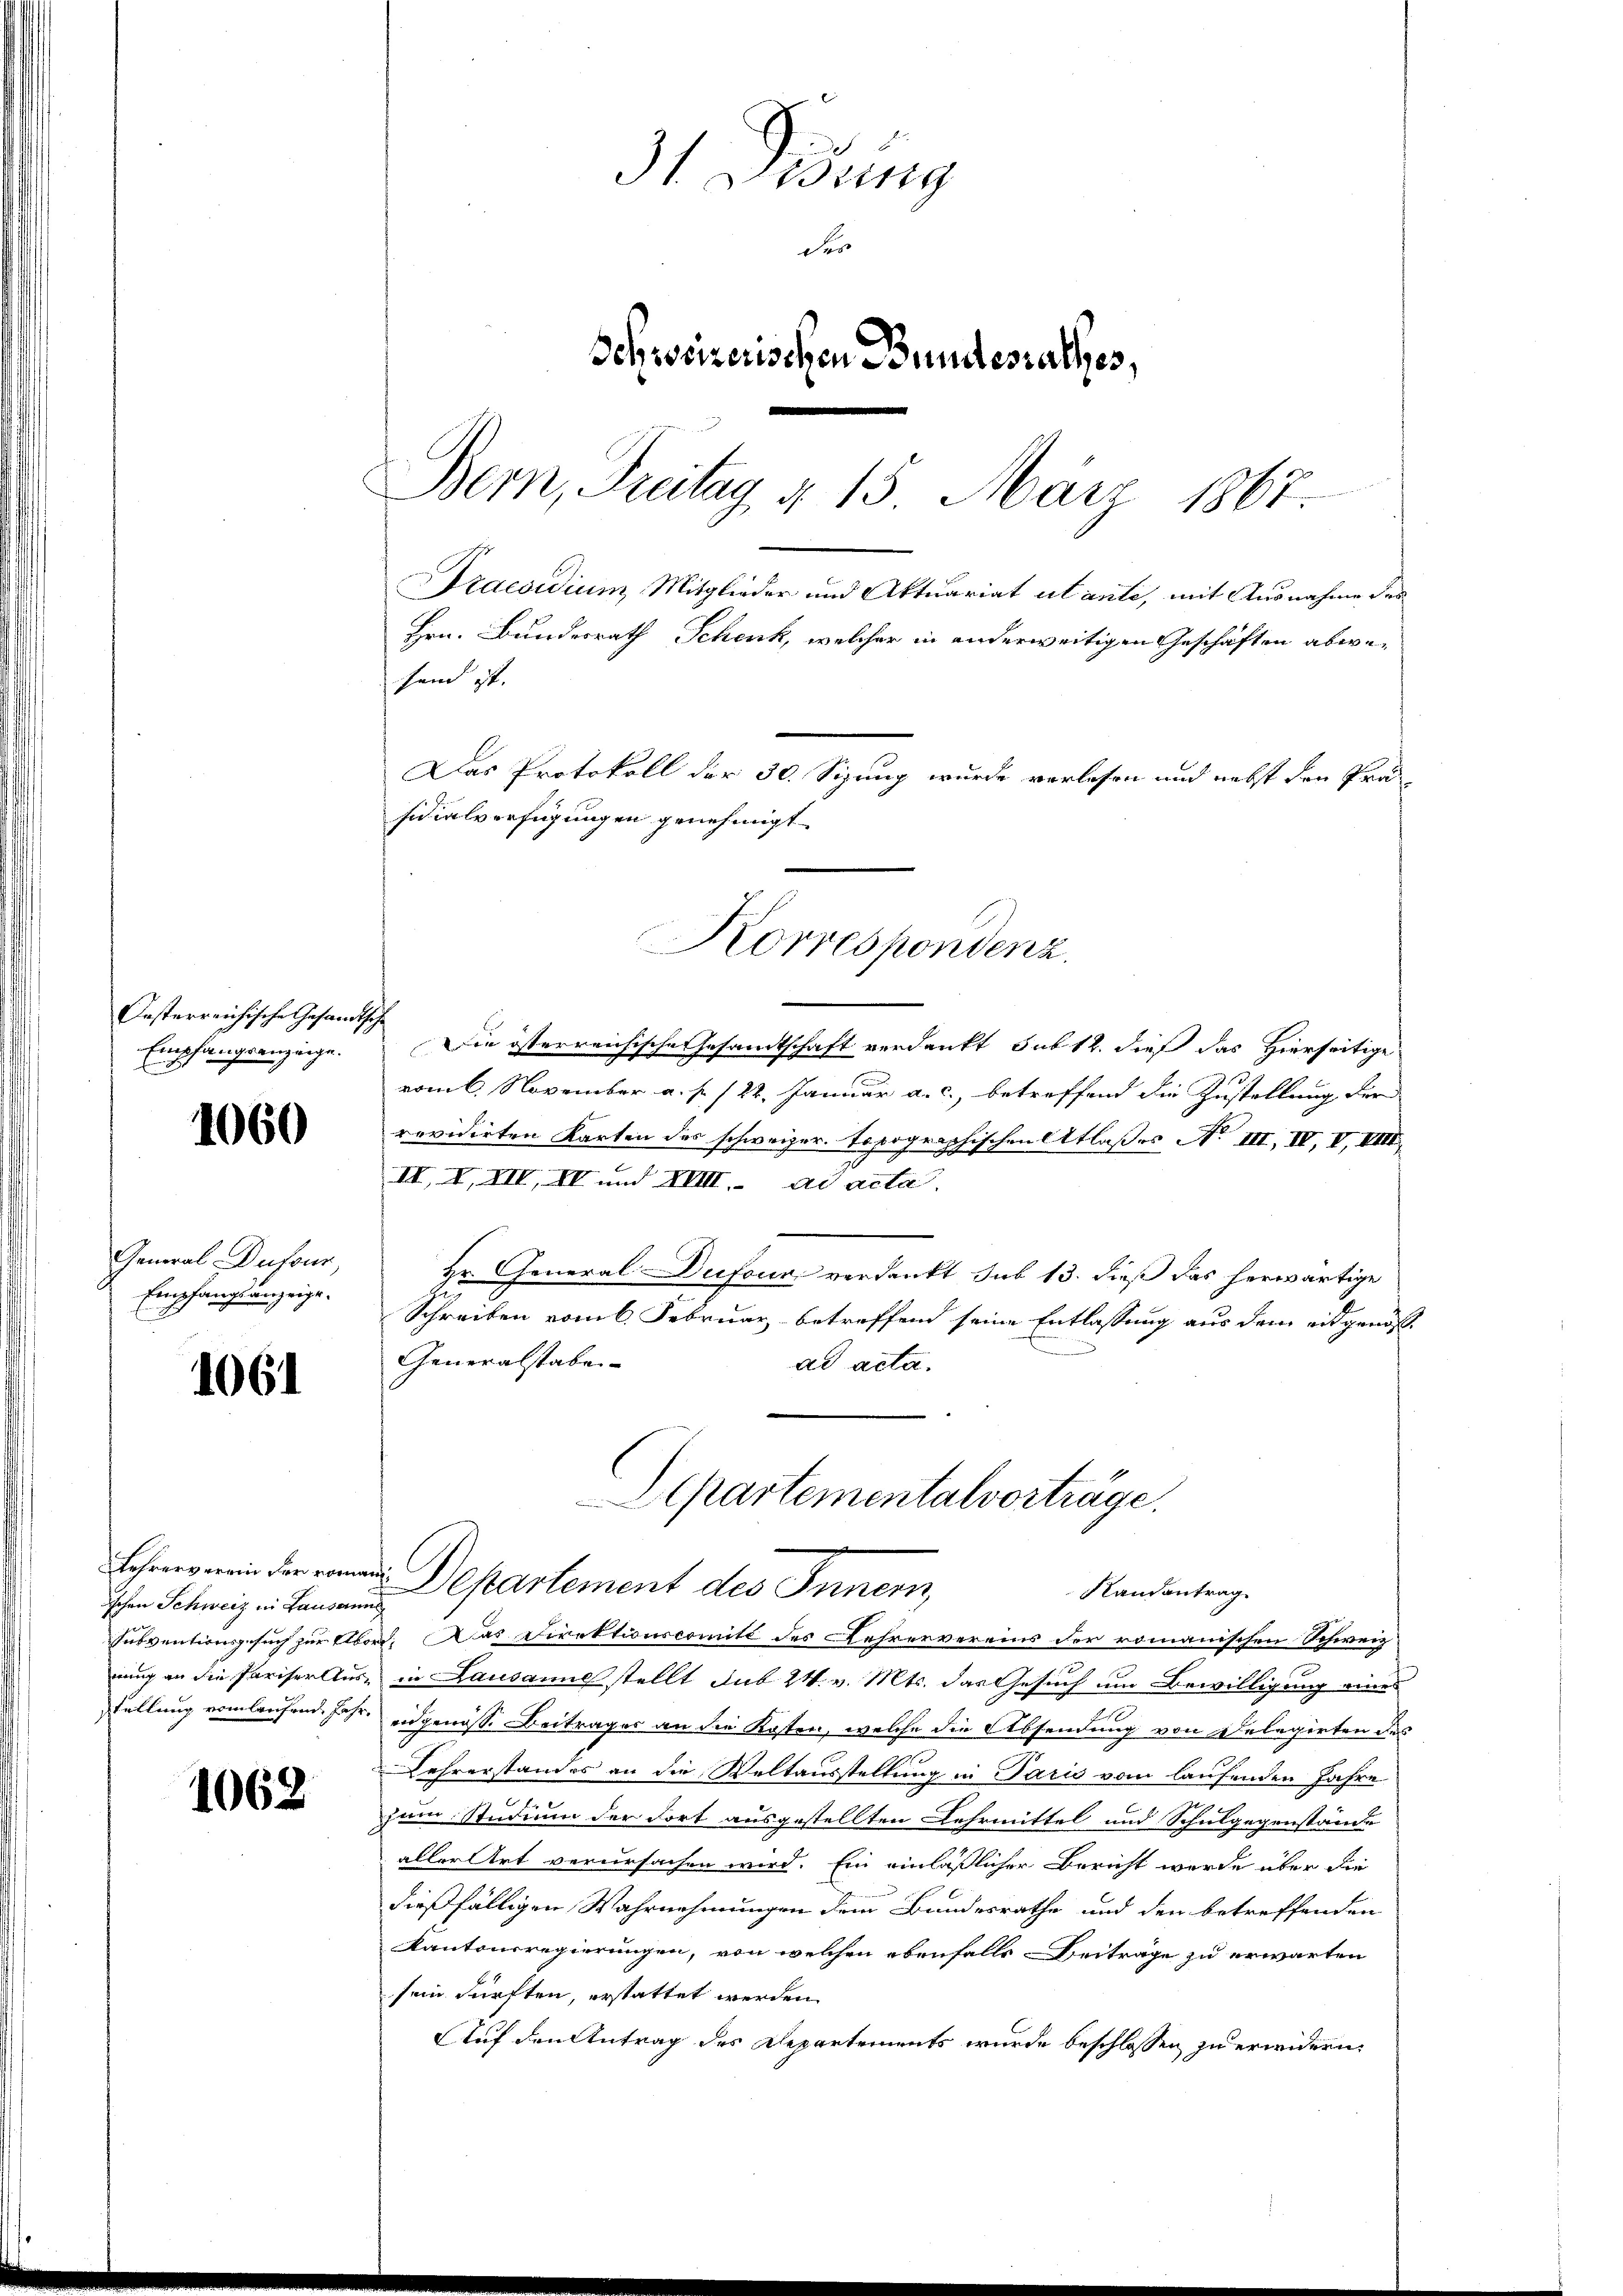
1060

General-Dufour,
Empfangsanzeige.

1061

Lehrerverein der vom
ischen Schweiz in Lausar
stellung vom laufend Ja¬

1062

Oesterreichische Gesand¬
Empfangsanzeige.

31 Didung
der
Schweizerischen Bundesrathes,
Bern, Freitag § 15 März 1867.
Praesidium, Mitglieder und Aktuariat utante, mit Ausnahme des
Hrn. Bundesrath Schenk, welcher in anderweitigen Geschäften abwehand ist.
Das Protokoll der 30. Sizung wurde verlesen und nebst den Präsidialverfügungen genehmigt.

h
Die österreichische Gesandtschaft verdankt sub 12. dieß das Hierseitige
vom 6. November a. p. 122. Januar a. c., betreffend die Zustellung der
revidirten Karten das schweizer. topographischen Atlaßes No III, IV, V, VIII.
III, III, IV und XVIII. ad acta
Hr. General-Dufour verdankt sub 13. dieß das herwärtige
die
Schreiben vom 6. Februar betreffend seine Entlassung aus dem eidgenöß¬
Generalstaben
ad acta.
Separtementalverträge.
un Departement des Inner
Randantrag.
h
subventionsgesuch zur Abord. Das Direktionscomitt des Lehrervereins der romanischen Schweiz
nung an die Pariser Aus in Lausanne stellt sub 24. v. Mts. das Gesuch um Bewilligung eines
 eidgenosse Beitrages an die Kosten, welche die Absendung von Delegirten des
Lehrerstandes an die Weltausstellung in Paris vom laufenden Jahre
zum Studium der dort ausgestellten Lehrmittel und Schulgegenstände
aller Art verursachen wird. Ein einläßlicher Bericht werde über die
dießfälligen Wahrnehmungen dem Bundesrathe und den betreffenden
Kantonsregierungen, von welchen ebenfalls Beiträge zu erwarten
sein dürften, erstattet werden
Auf den Antrag des Departements wurde beschlossen zu erwidern,

Korrespondenz.